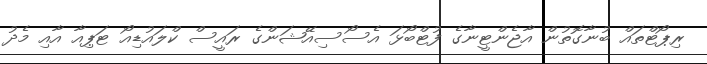
ރިޕޯޓްތައް ބުނާގޮތުން އާޖެންޓީނާގެ ފުޓްބޯޅަ އެސޯސިއޭޝަންގެ ރައީސް ކްލައުޑިއޯ ޓަޕިއާ އާއި މެދު